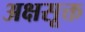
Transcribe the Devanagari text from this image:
अक्षसूक्त